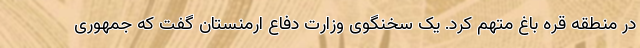
در منطقه قره باغ متهم کرد. یک سخنگوی وزارت دفاع ارمنستان گفت که جمهوری